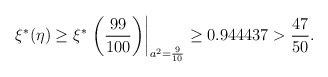
\begin{align*}\xi^* (\eta) \ge \xi^*\left.\left(\frac{99}{100}\right)\right|_{a^2 = \frac{9}{10}} \geq 0.944437 > \frac{47}{50}. \end{align*}